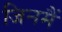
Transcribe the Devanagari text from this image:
जिनमैं